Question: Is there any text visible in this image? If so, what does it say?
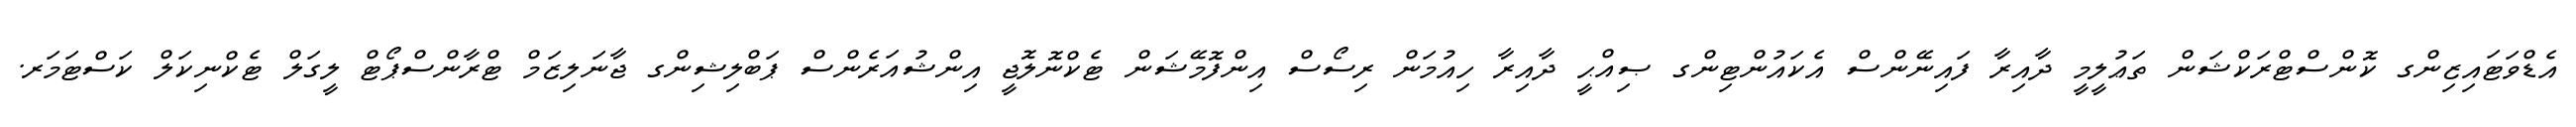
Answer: އެޑްވަޓައިޒިންގ ކޮންސްޓްރަކްޝަން ތަޢުލީމީ ދާއިރާ ފައިނޭންސް އެކައުންޓިންގ ޞިއްޙީ ދާއިރާ ހިއުމަން ރިސޯސް އިންފޮމޭޝަން ޓެކްނޮލޮޖީ އިންޝުއަރެންސް ޕަބްލިޝިންގ ޖާނަލިޒަމް ޓްރާންސްޕޯޓް ލީގަލް ޓެކްނިކަލް ކަސްޓަމަރ.